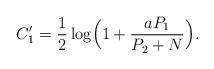
LaTeX: \begin{align*}C'_1=\frac{1}{2}\log \Bigl(1+ \frac{aP_1}{P_2+N}\Bigr).\end{align*}